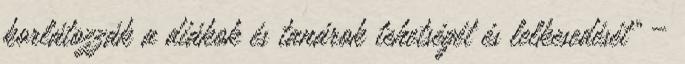
korlátozzák a diákok és tanárok tehetségét és lelkesedését” –